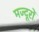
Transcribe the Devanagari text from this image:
मज्दूरों